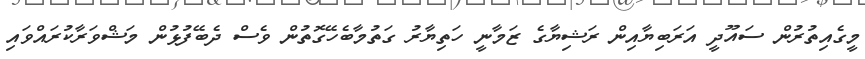
މީގެއިތުރުން ސައޫދީ އަރަބިޔާއިން ރަޝިޔާގެ ޒަމާނީ ހަތިޔާރު ގަތުމާބެހޭގޮތުން ވެސް ދެބޭފުޅުން މަޝްވަރާކުރައްވައި